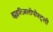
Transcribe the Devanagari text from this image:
ह्युइत्ज़िलोपोश्ट्ली